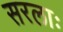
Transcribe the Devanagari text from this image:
सरलाः